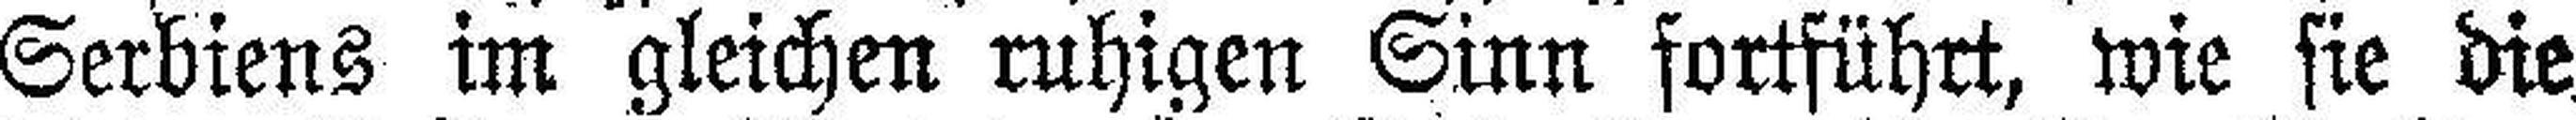
Serbiens im gleichen ruhigen Sinn fortführt, wie sie die